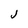
Character: j